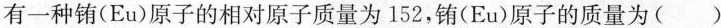
有一种铕（Eu）原子的相对原子质量为152，铕（Eu）原子的质量为()